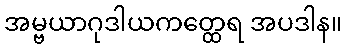
အမ္ဗယာဂုဒါယကတ္ထေရ အပဒါန။